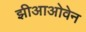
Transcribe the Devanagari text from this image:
झीआओवेन